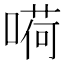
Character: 嗬